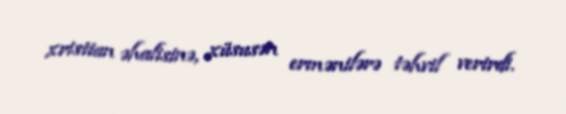
xristian əhalisinə, xüsusən ermənilərə təhvil verirdi.